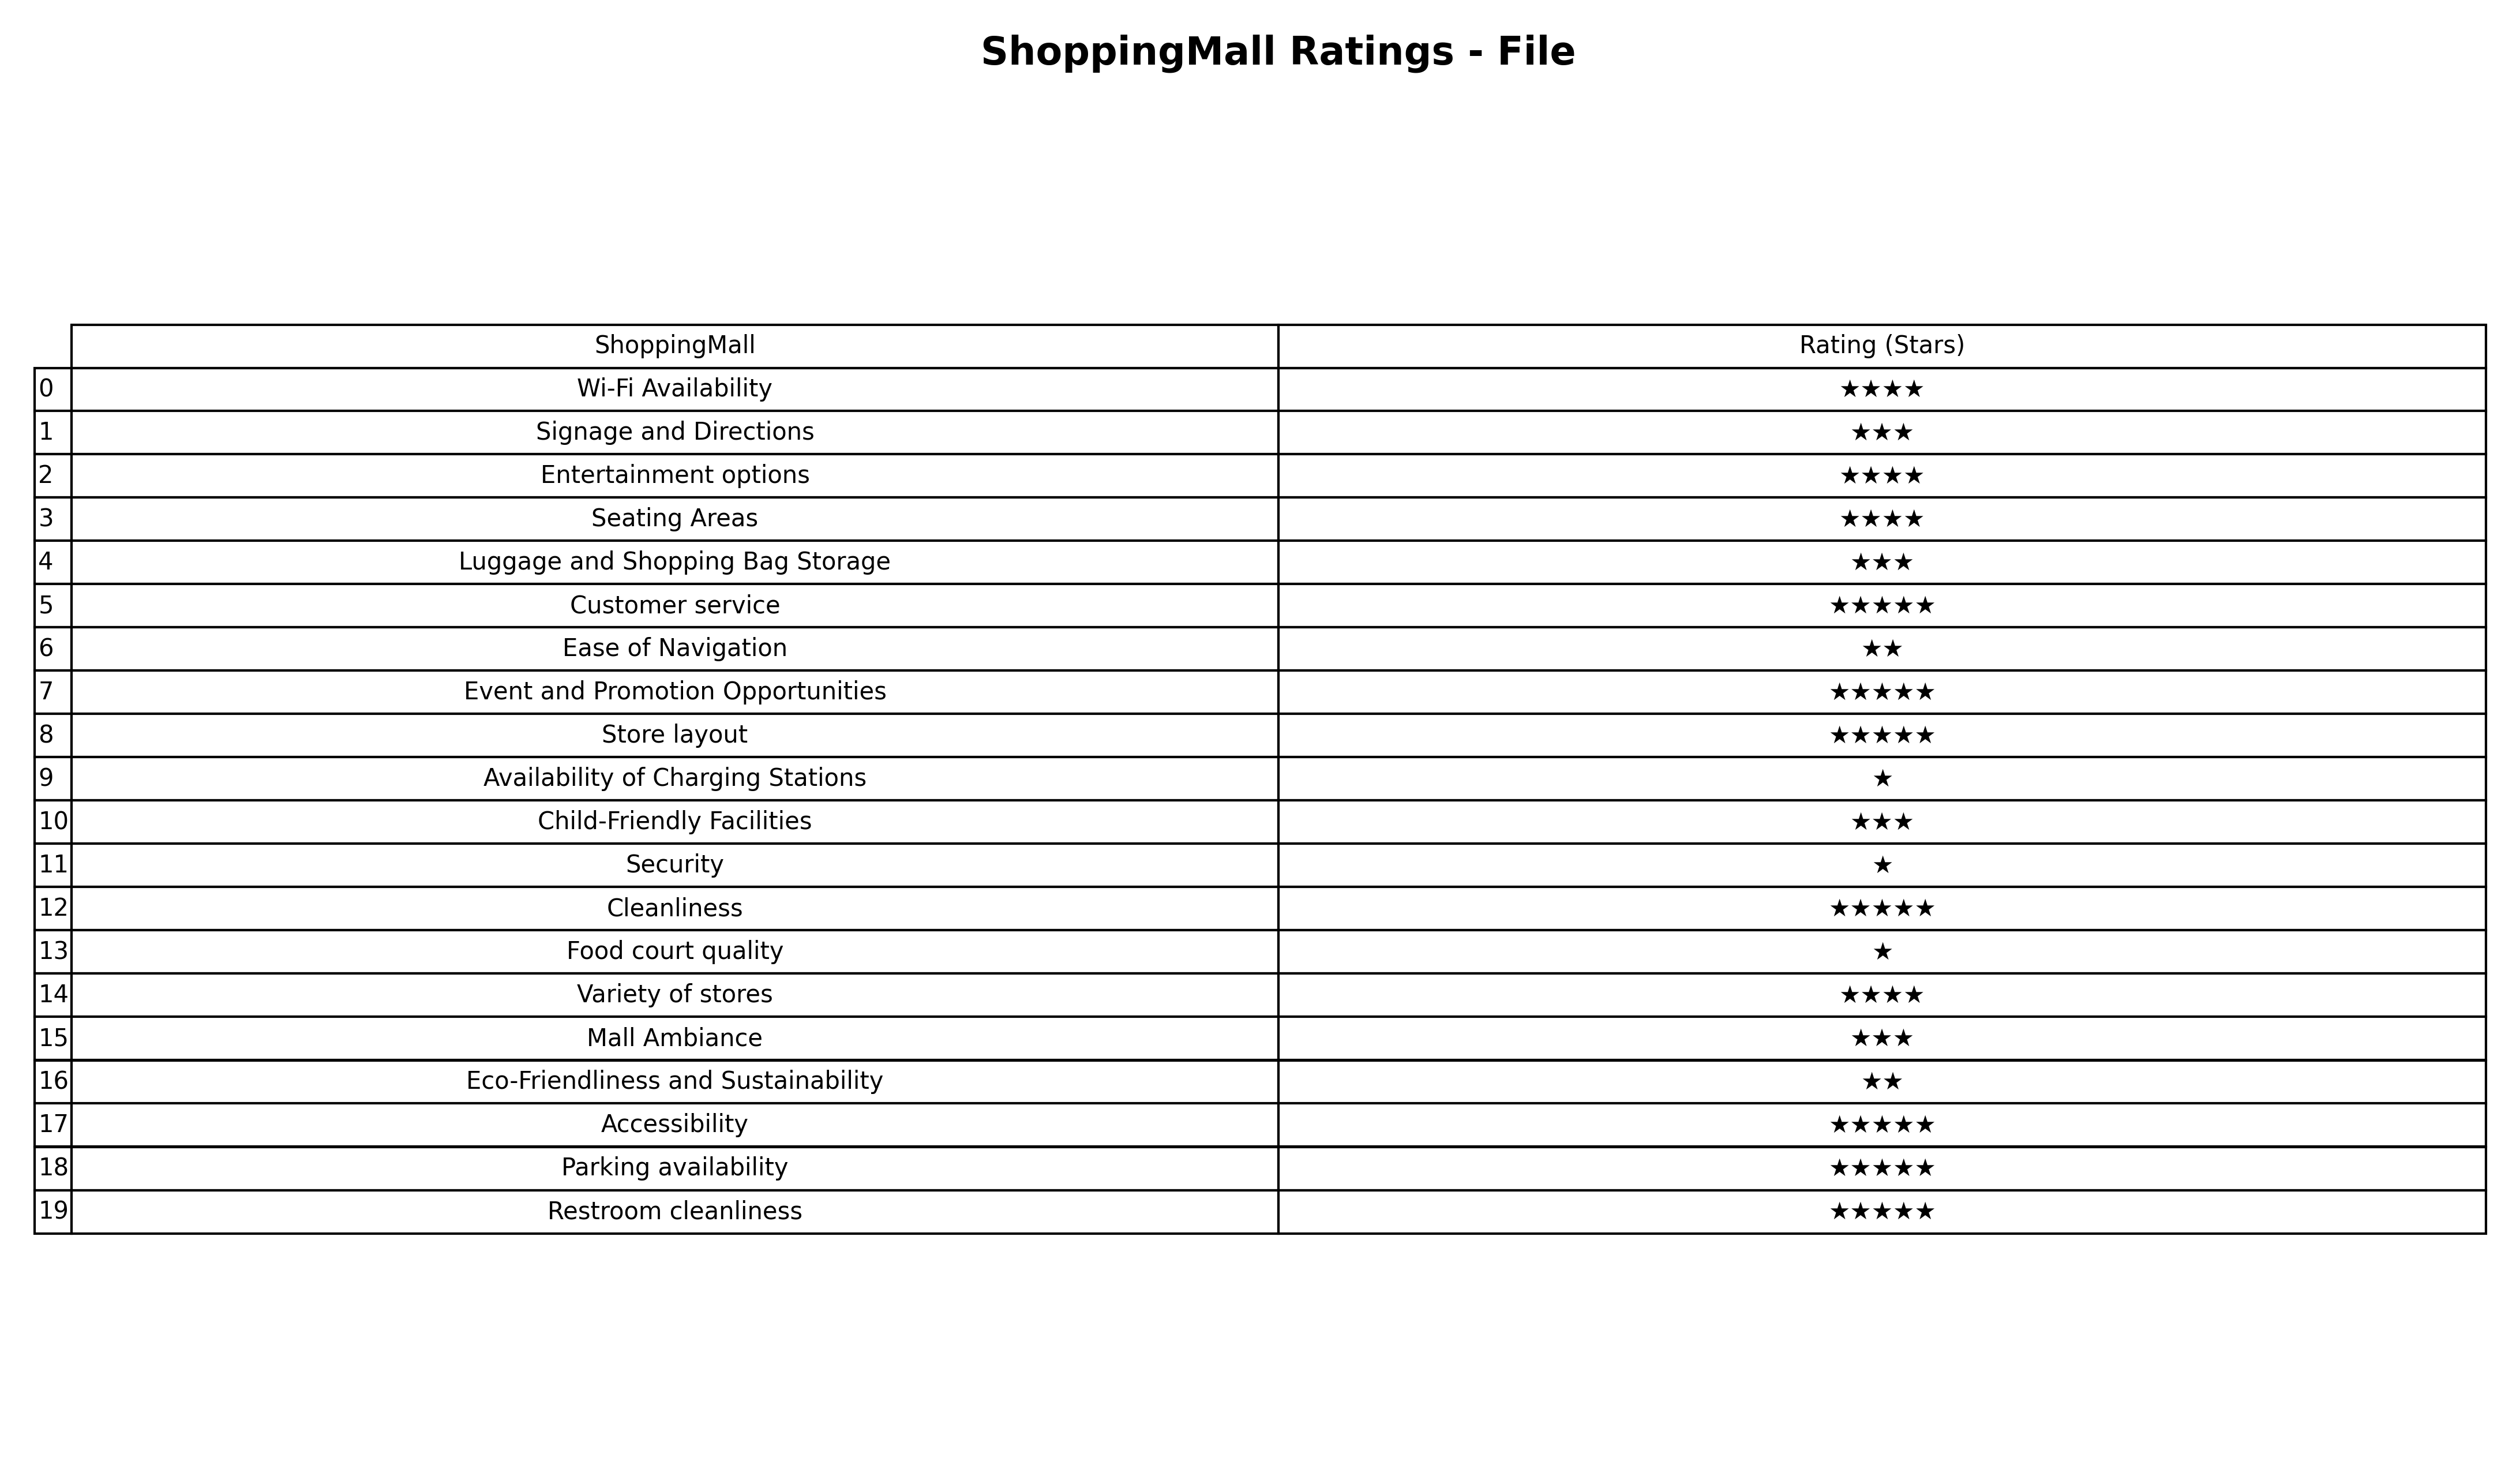
question: What is the rating of Availability of Charging Stations?
answer: ★